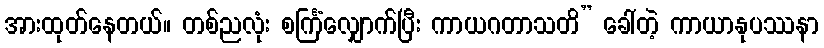
အားထုတ်နေတယ်။ တစ်ညလုံး စင်္ကြံလျှောက်ပြီး ကာယဂတာသတိ” ခေါ်တဲ့ ကာယာနုပဿနာ